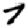
Digit: 7